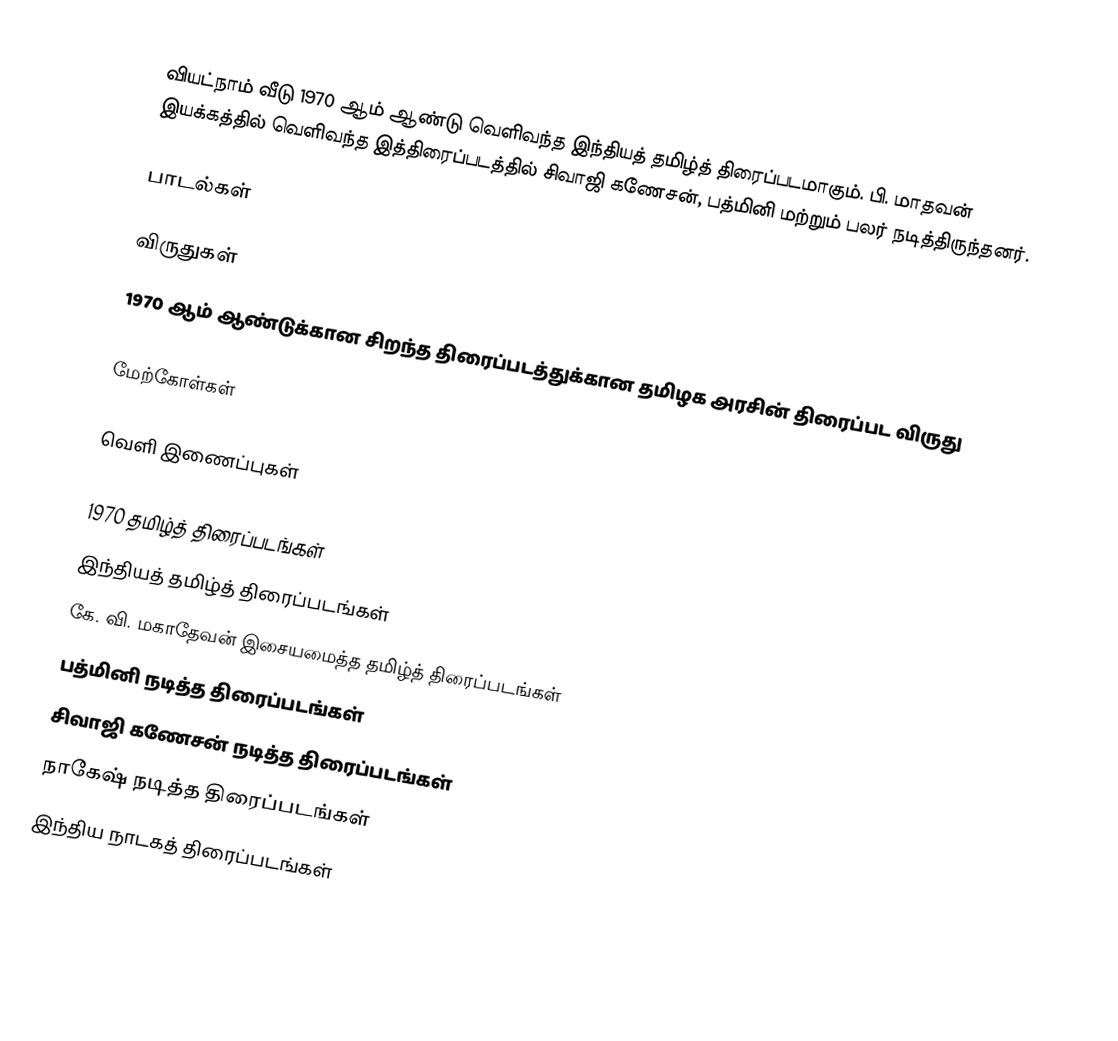
வியட்நாம் வீடு 1970 ஆம் ஆண்டு வெளிவந்த இந்தியத் தமிழ்த் திரைப்படமாகும். பி. மாதவன் இயக்கத்தில் வெளிவந்த இத்திரைப்படத்தில் சிவாஜி கணேசன், பத்மினி மற்றும் பலர் நடித்திருந்தனர்.

பாடல்கள்

விருதுகள்
 1970 ஆம் ஆண்டுக்கான சிறந்த திரைப்படத்துக்கான தமிழக அரசின் திரைப்பட விருது

மேற்கோள்கள்

வெளி இணைப்புகள்

1970 தமிழ்த் திரைப்படங்கள்
இந்தியத் தமிழ்த் திரைப்படங்கள்
கே. வி. மகாதேவன் இசையமைத்த தமிழ்த் திரைப்படங்கள்
பத்மினி நடித்த திரைப்படங்கள்
சிவாஜி கணேசன் நடித்த திரைப்படங்கள்
நாகேஷ் நடித்த திரைப்படங்கள்
இந்திய நாடகத் திரைப்படங்கள்